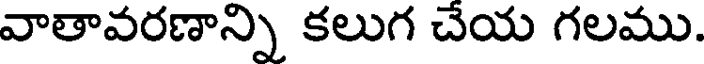
వాతావరణాన్ని కలుగ చేయ గలము.